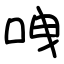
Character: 㖂